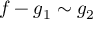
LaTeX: f - g _ { 1 } \sim g _ { 2 }